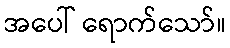
အပေါ် ရောက်သော်။